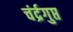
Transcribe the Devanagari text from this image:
चंर्द्रगुप्त